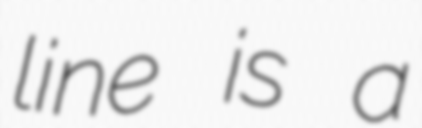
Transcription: line is a